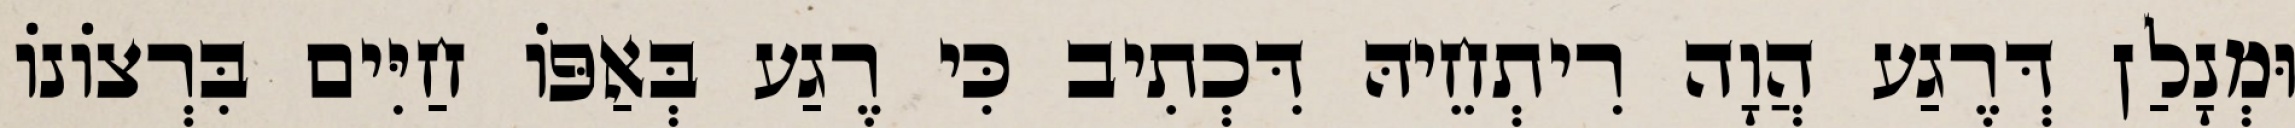
וּמְנָלַן דְּרֶגַע הֲוָה רִיתְחֵיהּ דִּכְתִיב כִּי רֶגַע בְּאַפּוֹ חַיִּים בִּרְצוֹנוֹ